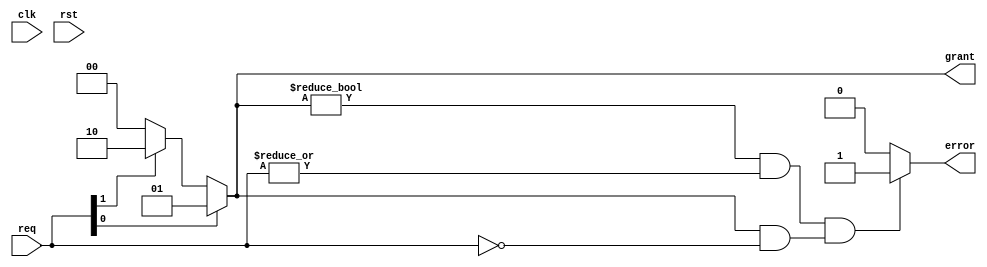
module MutualExclusionHandshake #(
    parameter NUM_PROCESSES = 2 // Adjust for additional processes
) (
    input  wire clk,
    input  wire rst,
    input  wire [NUM_PROCESSES-1:0] req,   // Request signals from each process
    output reg  [NUM_PROCESSES-1:0] grant,  // Grant signals to each process
    output reg  error                     // Error flag
);

    reg [1:0] state [NUM_PROCESSES-1:0];  // State of each process
    reg [1:0] next_state [NUM_PROCESSES-1:0];

    // State definitions
    localparam IDLE = 2'b00,
               REQUESTING = 2'b01,
               GRANTED = 2'b10,
               RELEASING = 2'b11;

    // Granting logic
    always @(*) begin
        case (1'b1)
            req[0]: grant = 2'b01; // Process 1
            req[1]: grant = 2'b10; // Process 2
            default: grant = 2'b00; // No grants
        endcase
    end

    // State machine for each process
    genvar i;
    generate
        for (i = 0; i < NUM_PROCESSES; i = i + 1) begin : proc_fsm
            always @(posedge clk or posedge rst) begin
                if (rst) begin
                    state[i] <= IDLE;
                end else begin
                    state[i] <= next_state[i];
                end
            end

            always @(*) begin
                case (state[i])
                    IDLE: begin
                        if (req[i]) begin
                            next_state[i] = REQUESTING;
                        end else begin
                            next_state[i] = IDLE;
                        end
                    end

                    REQUESTING: begin
                        if (grant[i]) begin
                            next_state[i] = GRANTED;
                        end else begin
                            next_state[i] = REQUESTING;
                        end
                    end

                    GRANTED: begin
                        if (!grant[i]) begin
                            next_state[i] = RELEASING;
                        end else begin
                            next_state[i] = GRANTED;
                        end
                    end

                    RELEASING: begin
                        next_state[i] = IDLE; 
                    end

                    default: next_state[i] = IDLE;
                endcase
            end
        end
    endgenerate

    // Error handling
    always @(*) begin
        if (grant != 0 && (|req) && (grant & ~req)) begin
            error = 1'b1; // Error case if a grant is unaligned with req
        end else begin
            error = 1'b0;
        end
    end

endmodule